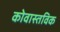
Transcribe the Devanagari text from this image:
कोवास्तविक